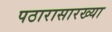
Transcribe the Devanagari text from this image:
पठारासारख्या